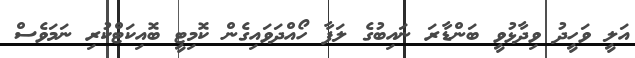
އަލީ ވަހީދު ވިދާޅުވީ ބަންޑާރަ ނައިބުގެ ލަފާ ހޯއްދަވައިގެން ކޮމިޓީ ބޮއިކަޓްކުރި ނަމަވެސް